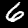
Label: 6